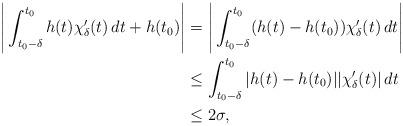
LaTeX: \begin{align*}\Bigg|\int_{t_0-\delta}^{t_0}h(t)\chi'_{\delta}(t)\,dt+h(t_0)\Bigg|&=\Bigg|\int_{t_0-\delta}^{t_0}(h(t)-h(t_0))\chi'_{\delta}(t)\,dt\Bigg|\\&\leq\int_{t_0-\delta}^{t_0}|h(t)-h(t_0)||\chi'_{\delta}(t)|\,dt\\&\leq2\sigma,\end{align*}